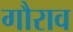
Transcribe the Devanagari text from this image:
गौराव